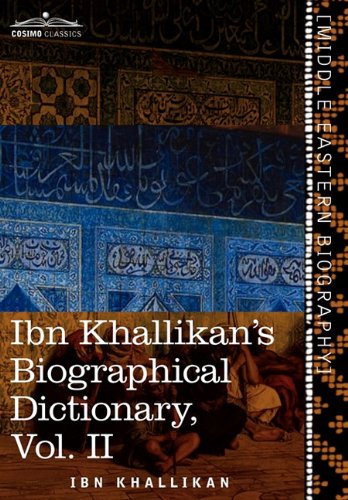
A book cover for Ibn Khallikan's Biographical Dictionary, Vol. II (in 4 Volumes); Ibn Khallikan; Literature & Fiction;